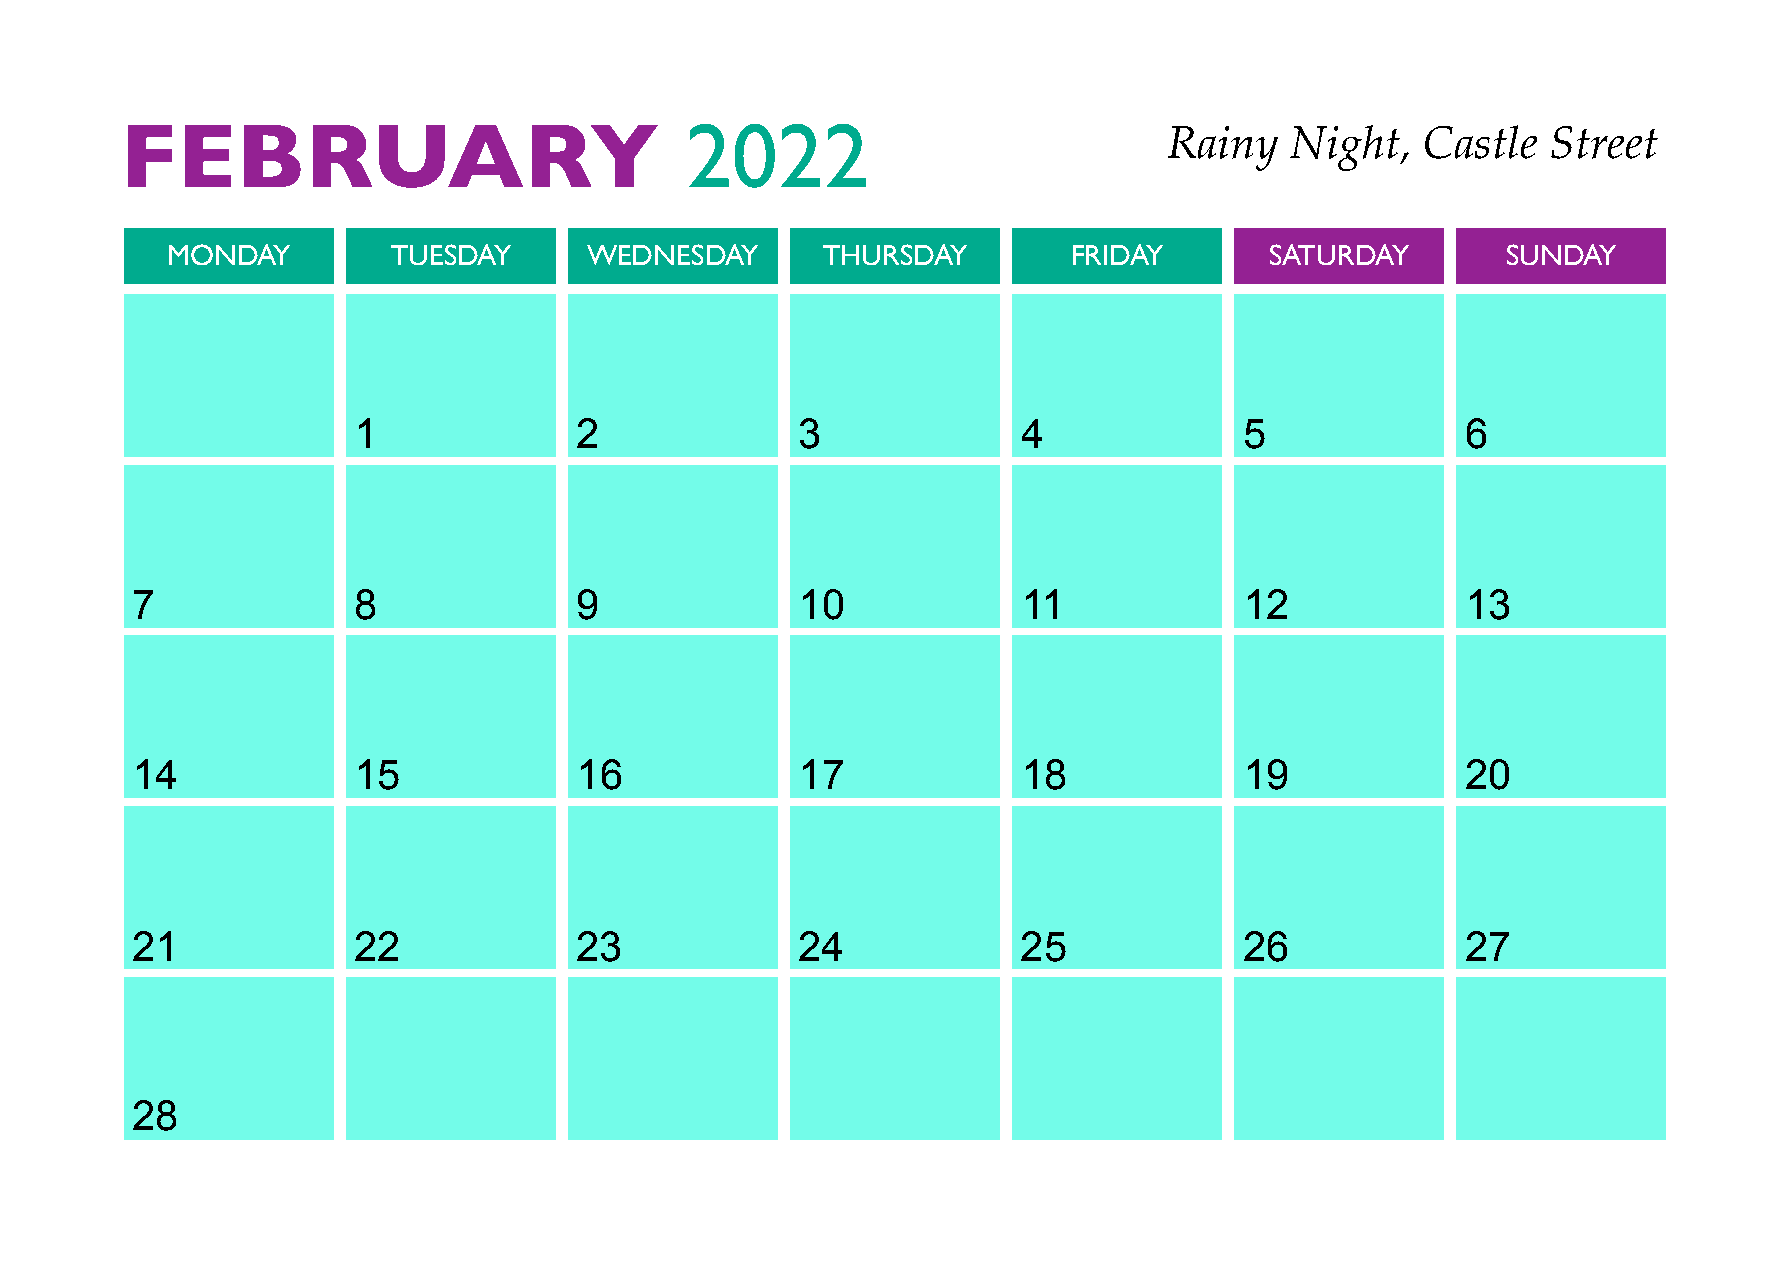
FEBRUARY                             2022
 Rainy   Night,   Castle   Street
 MONDAY         TUESDAY      WEDNESDAY      THURSDAY         FRIDAY       SATURDAY        SUNDAY
 1              2              3              4             5              6
 7             8              9              10             11            12             13
 14            15             16             17             18            19             20
 21            22             23             24             25            26             27
 28